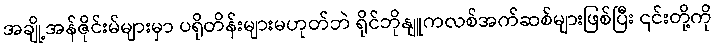
အချို့အန်ဇိုင်းမ်များမှာ ပရိုတိန်းများမဟုတ်ဘဲ ရိုင်ဘိုနျူကလစ်အက်ဆစ်များဖြစ်ပြီး ၎င်းတို့ကို